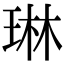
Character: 琳